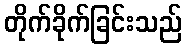
တိုက်ခိုက်ခြင်းသည်